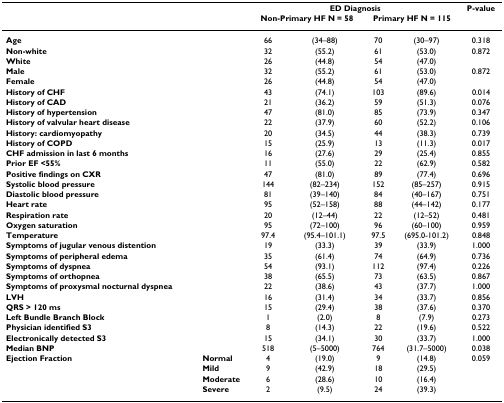
<table><thead><tr><td></td><td></td><td colspan="4"><b>ED Diagnosis</b></td><td><b>P-value</b></td></tr><tr><td></td><td></td><td colspan="2"><b>Non-Primary HF N = 58</b></td><td colspan="2"><b>Primary HF N = 115</b></td><td></td></tr></thead><tbody><tr><td><b>Age</b></td><td></td><td>66</td><td>(34–88)</td><td>70</td><td>(30–97)</td><td>0.318</td></tr><tr><td><b>Non-white</b></td><td></td><td>32</td><td>(55.2)</td><td>61</td><td>(53.0)</td><td>0.872</td></tr><tr><td><b>White</b></td><td></td><td>26</td><td>(44.8)</td><td>54</td><td>(47.0)</td><td></td></tr><tr><td><b>Male</b></td><td></td><td>32</td><td>(55.2)</td><td>61</td><td>(53.0)</td><td>0.872</td></tr><tr><td><b>Female</b></td><td></td><td>26</td><td>(44.8)</td><td>54</td><td>(47.0)</td><td></td></tr><tr><td><b>History of CHF</b></td><td></td><td>43</td><td>(74.1)</td><td>103</td><td>(89.6)</td><td>0.014</td></tr><tr><td><b>History of CAD</b></td><td></td><td>21</td><td>(36.2)</td><td>59</td><td>(51.3)</td><td>0.076</td></tr><tr><td><b>History of hypertension</b></td><td></td><td>47</td><td>(81.0)</td><td>85</td><td>(73.9)</td><td>0.347</td></tr><tr><td><b>History of valvular heart disease</b></td><td></td><td>22</td><td>(37.9)</td><td>60</td><td>(52.2)</td><td>0.106</td></tr><tr><td><b>History: cardiomyopathy</b></td><td></td><td>20</td><td>(34.5)</td><td>44</td><td>(38.3)</td><td>0.739</td></tr><tr><td><b>History of COPD</b></td><td></td><td>15</td><td>(25.9)</td><td>13</td><td>(11.3)</td><td>0.017</td></tr><tr><td><b>CHF admission in last 6 months</b></td><td></td><td>16</td><td>(27.6)</td><td>29</td><td>(25.4)</td><td>0.855</td></tr><tr><td><b>Prior EF &lt;55%</b></td><td></td><td>11</td><td>(55.0)</td><td>22</td><td>(62.9)</td><td>0.582</td></tr><tr><td><b>Positive findings on CXR</b></td><td></td><td>47</td><td>(81.0)</td><td>89</td><td>(77.4)</td><td>0.696</td></tr><tr><td><b>Systolic blood pressure</b></td><td></td><td>144</td><td>(82–234)</td><td>152</td><td>(85–257)</td><td>0.915</td></tr><tr><td><b>Diastolic blood pressure</b></td><td></td><td>81</td><td>(39–140)</td><td>84</td><td>(40–167)</td><td>0.751</td></tr><tr><td><b>Heart rate</b></td><td></td><td>95</td><td>(52–158)</td><td>88</td><td>(44–142)</td><td>0.177</td></tr><tr><td><b>Respiration rate</b></td><td></td><td>20</td><td>(12–44)</td><td>22</td><td>(12–52)</td><td>0.481</td></tr><tr><td><b>Oxygen saturation</b></td><td></td><td>95</td><td>(72–100)</td><td>96</td><td>(60–100)</td><td>0.959</td></tr><tr><td><b>Temperature</b></td><td></td><td>97.4</td><td>(95.4–101.1)</td><td>97.5</td><td>(695.0-101.2)</td><td>0.848</td></tr><tr><td><b>Symptoms of jugular venous distention</b></td><td></td><td>19</td><td>(33.3)</td><td>39</td><td>(33.9)</td><td>1.000</td></tr><tr><td><b>Symptoms of peripheral edema</b></td><td></td><td>35</td><td>(61.4)</td><td>74</td><td>(64.9)</td><td>0.736</td></tr><tr><td><b>Symptoms of dyspnea</b></td><td></td><td>54</td><td>(93.1)</td><td>112</td><td>(97.4)</td><td>0.226</td></tr><tr><td><b>Symptoms of orthopnea</b></td><td></td><td>38</td><td>(65.5)</td><td>73</td><td>(63.5)</td><td>0.867</td></tr><tr><td><b>Symptoms of proxysmal nocturnal dyspnea</b></td><td></td><td>22</td><td>(38.6)</td><td>43</td><td>(37.7)</td><td>1.000</td></tr><tr><td><b>LVH</b></td><td></td><td>16</td><td>(31.4)</td><td>34</td><td>(33.7)</td><td>0.856</td></tr><tr><td><b>QRS &gt; 120 ms</b></td><td></td><td>15</td><td>(29.4)</td><td>38</td><td>(37.6)</td><td>0.370</td></tr><tr><td><b>Left Bundle Branch Block</b></td><td></td><td>1</td><td>(2.0)</td><td>8</td><td>(7.9)</td><td>0.273</td></tr><tr><td><b>Physician identified S3</b></td><td></td><td>8</td><td>(14.3)</td><td>22</td><td>(19.6)</td><td>0.522</td></tr><tr><td><b>Electronically detected S3</b></td><td></td><td>15</td><td>(34.1)</td><td>30</td><td>(33.7)</td><td>1.000</td></tr><tr><td><b>Median BNP</b></td><td></td><td>518</td><td>(5–5000)</td><td>764</td><td>(31.7–5000)</td><td>0.038</td></tr><tr><td><b>Ejection Fraction</b></td><td><b>Normal</b></td><td>4</td><td>(19.0)</td><td>9</td><td>(14.8)</td><td>0.059</td></tr><tr><td></td><td><b>Mild</b></td><td>9</td><td>(42.9)</td><td>18</td><td>(29.5)</td><td></td></tr><tr><td></td><td><b>Moderate</b></td><td>6</td><td>(28.6)</td><td>10</td><td>(16.4)</td><td></td></tr><tr><td></td><td><b>Severe</b></td><td>2</td><td>(9.5)</td><td>24</td><td>(39.3)</td><td></td></tr></tbody></table>